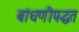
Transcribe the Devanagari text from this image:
बांधणीपद्धत